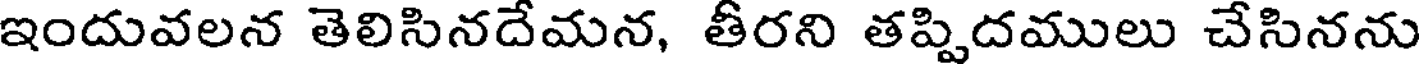
ఇందువలన తెలిసినదేమన, తీరని తప్పిదములు చేసినను